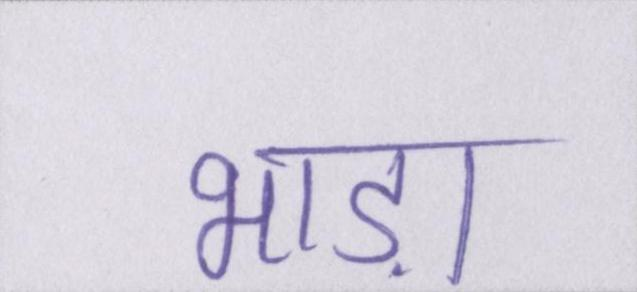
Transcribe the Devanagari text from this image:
भाड़ा